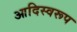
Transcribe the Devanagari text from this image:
आदिस्वरूप